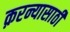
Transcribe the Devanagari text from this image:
क़रन्यासाठी